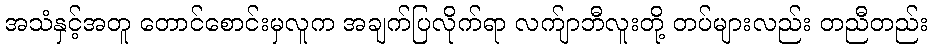
အသံနှင့်အတူ တောင်စောင်းမှလူက အချက်ပြလိုက်ရာ လက်ျာဘီလူးတို့ တပ်များလည်း တညီတည်း